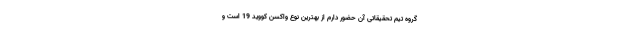
گروه تیم تحقیقاتی آن حضور دارم از بهترین نوع واکسن کووید 19 است و